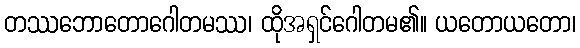
တဿဘောတောဂေါတမဿ၊ ထိုအရှင်ဂေါတမ၏။ ယတောယတော၊